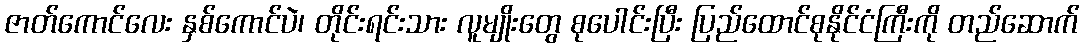
ဇာတ်ကောင်လေး နှစ်ကောင်ပဲ၊ တိုင်းရင်းသား လူမျိုးတွေ စုပေါင်းပြီး ပြည်ထောင်စုနိုင်ငံကြီးကို တည်ဆောက်